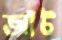
আঁট